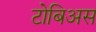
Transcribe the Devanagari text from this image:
टोबिअस